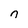
Character: n